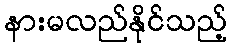
နားမလည်နိုင်သည့်